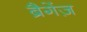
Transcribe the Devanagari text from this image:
ब्रैगेंज़